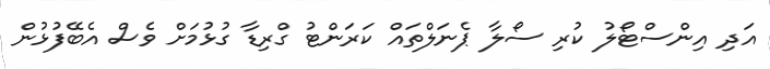
އަދި އިންސްޓޯލު ކުރި ސޯލާ ޕެނަލްތައް ކަރަންޓު ގްރިޑާ ގުޅުމަށް ވެސް އެބޭފުޅުން